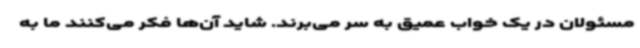
مسئولان در یک خواب عمیق به سر می‌برند. شاید آن‌ها فکر می‌کنند ما به